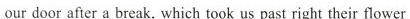
our door after a break, which took us past right their flower